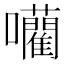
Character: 𭌾